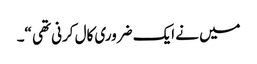
میں نے ایک ضروری کال کرنی تھی “۔